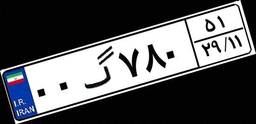
۰۰گ۷۸۰۵۱